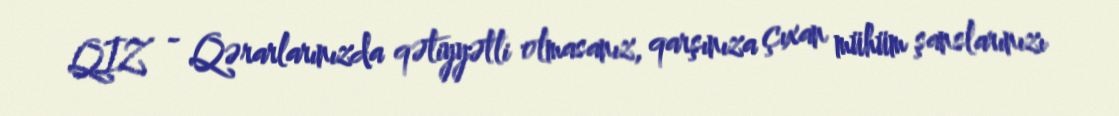
QIZ - Qərarlarınızda qətiyyətli olmasanız, qarşınıza çıxan mühüm şanslarınızı